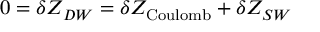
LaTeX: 0 = \delta Z _ { D W } = \delta Z _ { \mathrm { C o u l o m b } } + \delta Z _ { S W }